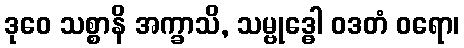
ဒုဝေ သစ္စာနိ အက္ခာသိ, သမ္ဗုဒ္ဓေါ ဝဒတံ ဝရော၊